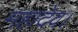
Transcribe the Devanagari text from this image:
महादेव।